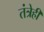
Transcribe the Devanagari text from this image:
तंत्रेही